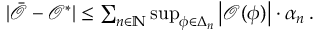
\begin{array} { r } { \vert \bar { \mathcal { O } } - \mathcal { O } ^ { * } \vert \leq \sum _ { n \in \mathbb { N } } \operatorname* { s u p } _ { \phi \in \Delta _ { n } } \left\vert \mathcal { O } ( \phi ) \right\vert \cdot \alpha _ { n } \, . } \end{array}